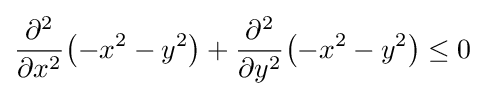
{\frac {\partial ^{2}}{\partial x^{2}}}{\big (}{-x}^{2}-y^{2}{\big )}+{\frac {\partial ^{2}}{\partial y^{2}}}{\big (}{-x}^{2}-y^{2}{\big )}\leq 0